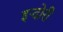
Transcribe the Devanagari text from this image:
इन्दोरी